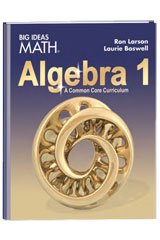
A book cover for BIG IDEAS MATH Algebra 1: Common Core Student Edition 2015; HOUGHTON MIFFLIN HARCOURT; Education & Teaching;